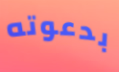
بدعوته